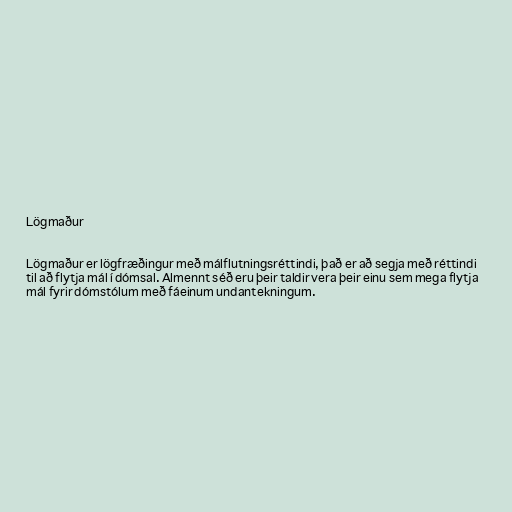
Lögmaður

Lögmaður er lögfræðingur með málflutningsréttindi, það er að segja með réttindi
til að flytja mál í dómsal. Almennt séð eru þeir taldir vera þeir einu sem mega flytja
mál fyrir dómstólum með fáeinum undantekningum.